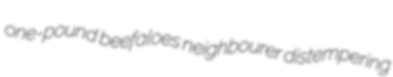
one-pound beefaloes neighbourer distempering